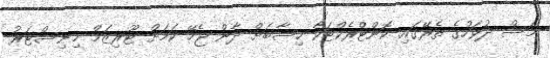
މަސް ދުވަހުގެ ތެރޭގައި ކޮންޓްރެކްޓަކާ ހިސާބަށް ދާން ޖެހޭ ކަމަށް ޓޫރިޒަމް މިނިސްޓަރު